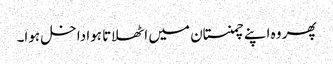
پھر وہ اپنے چمنستان میں اٹھلاتا ہوا داخل ہوا۔